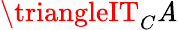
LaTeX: \triangleIT_{C}\mathit{A}